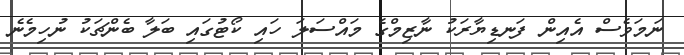
ނަމަވެސް އެއިން ފަނޑިޔާރަކު ނާޒިމްގެ މައްސަލަ ހައި ކޯޓުގައި ބަލާ ބެންޗަކު ނުހިމެނެ